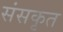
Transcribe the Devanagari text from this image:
संसकृत